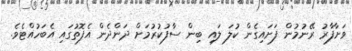
ވަށާފާރު ރޭނުމުން ފަށައިގެން ކުލަ ލައި ބިން ސާފުކުރުމަށް ދަންދެން އެފޮތުގައި އެބަހުއްޓެވެ.